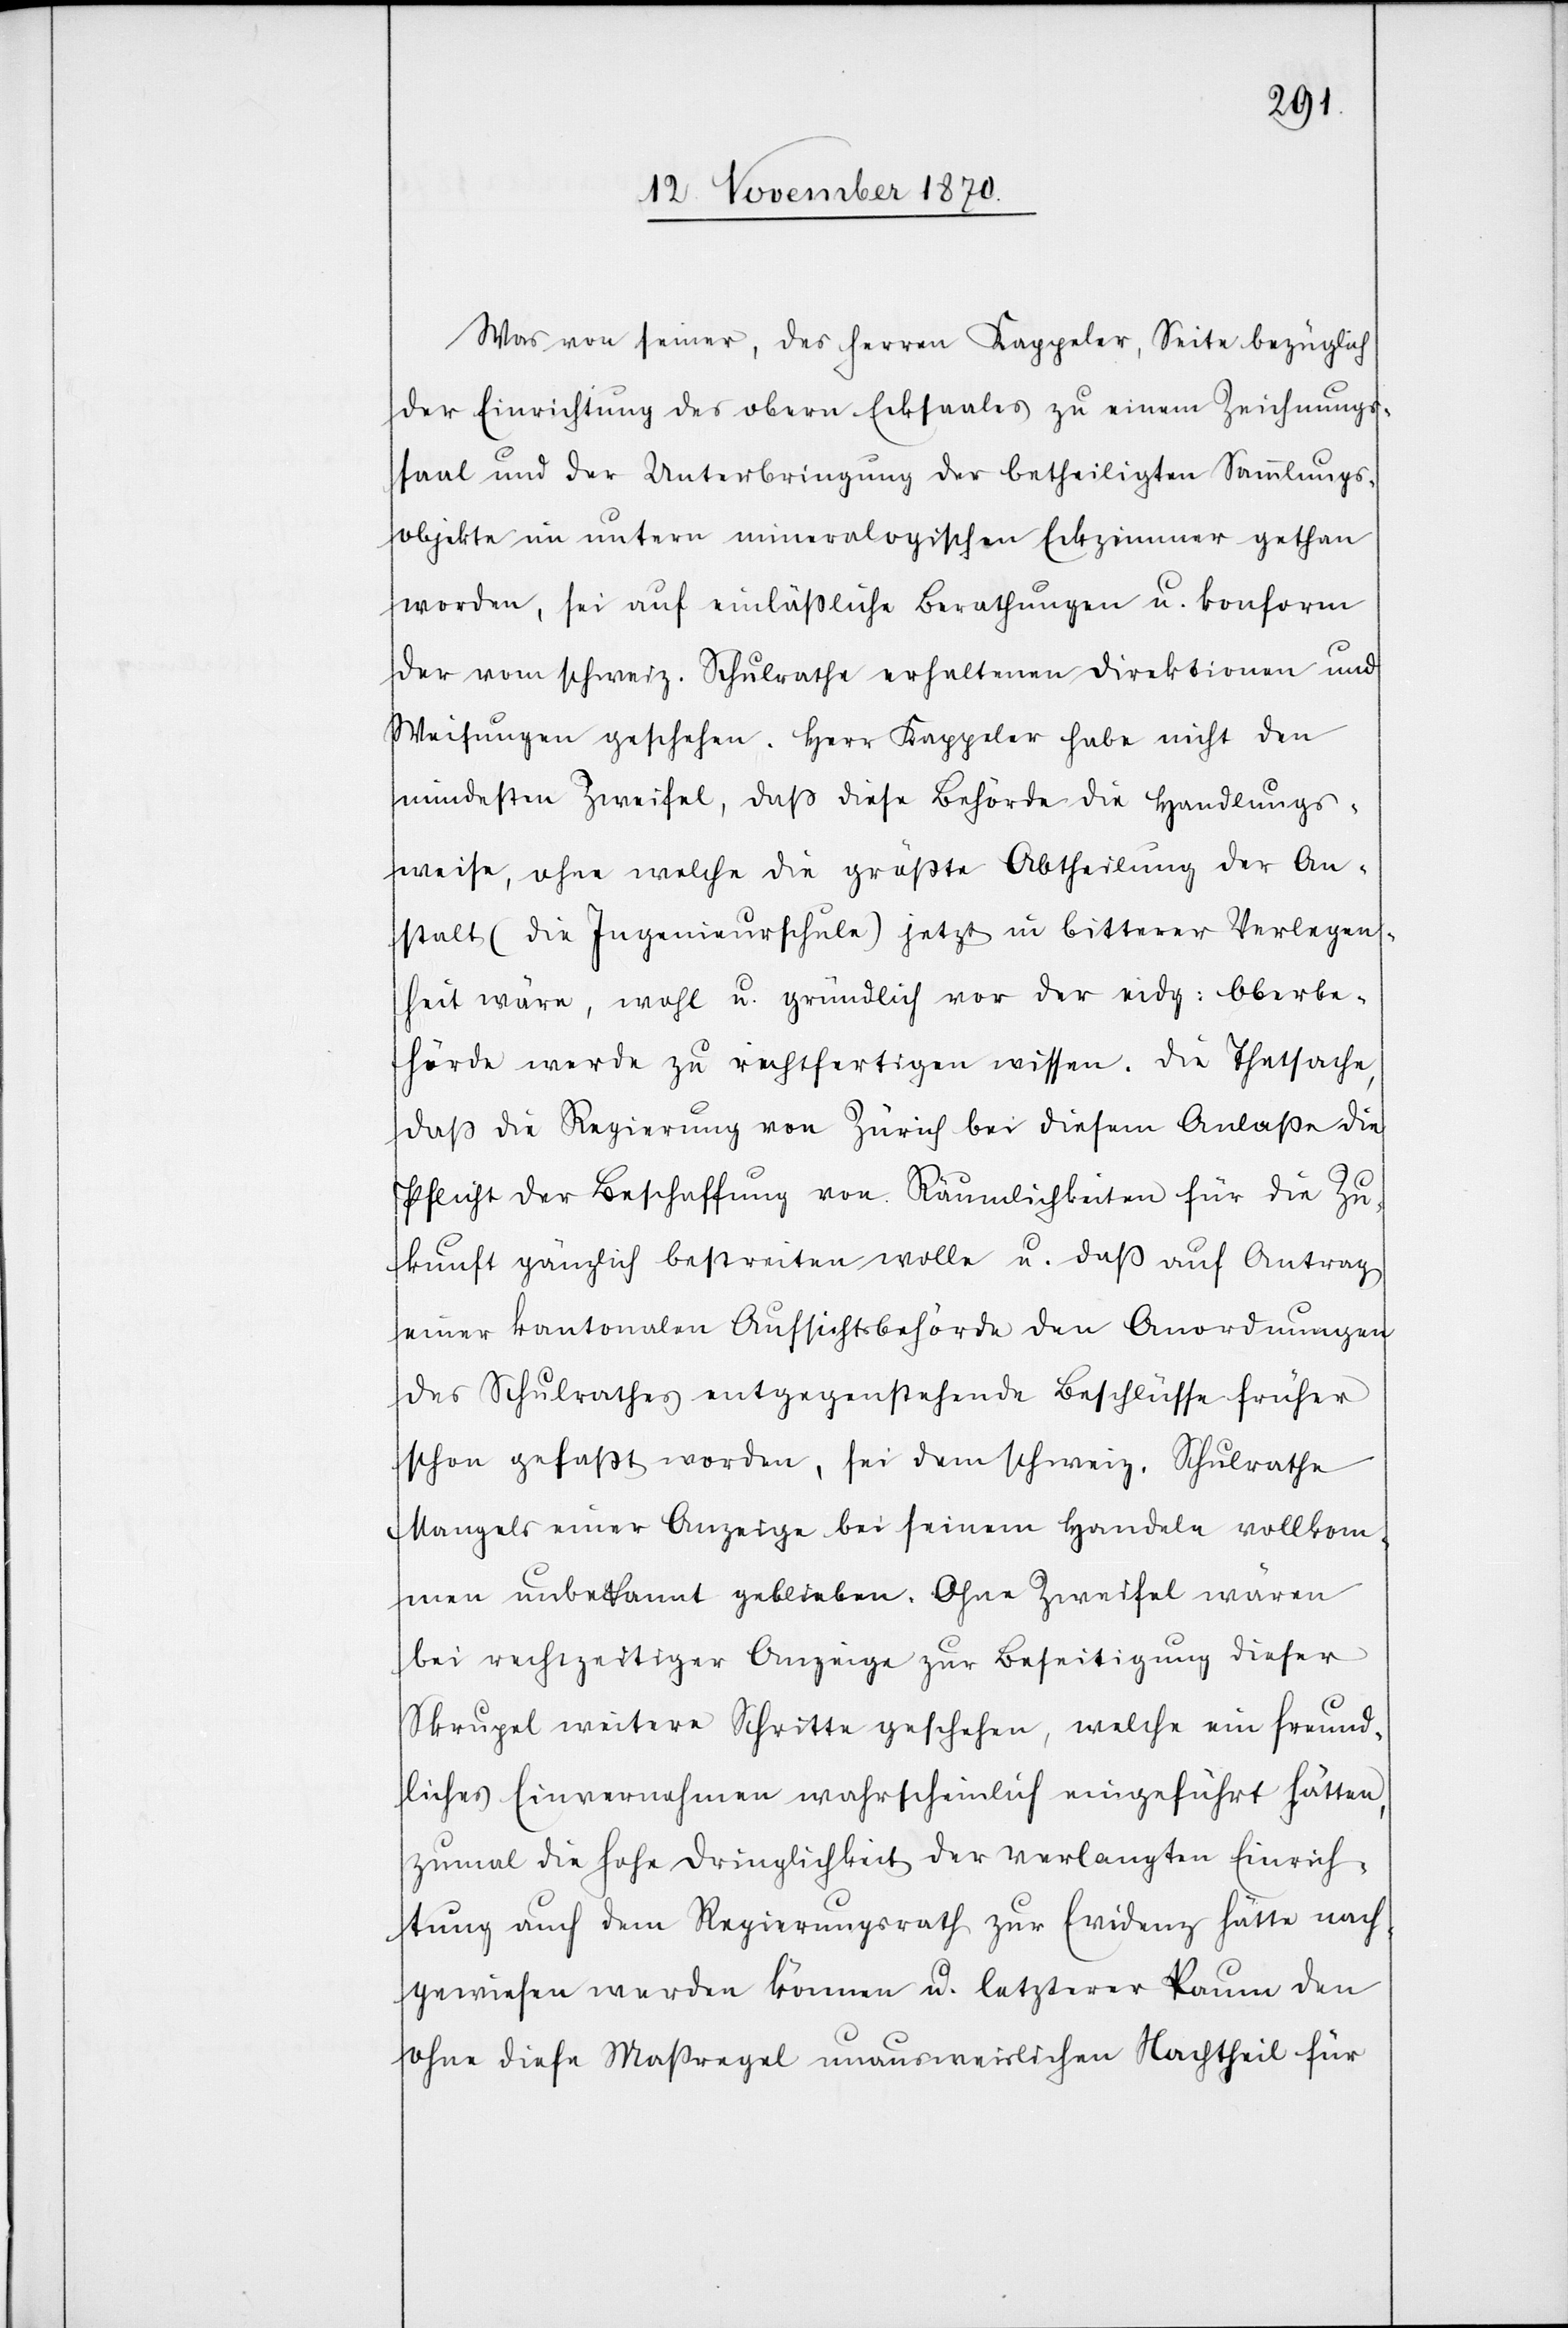
Was von seiner, des Herren Kappeler, Seite bezüglich
der Einrichtung des obern Ecksaales zu einem Zeichnungs¬
saal und der Unterbringung der betheiligten Sammlungs¬
objekte im untern mineralogischen Eckzimmer gethan
worden, sei auf einlässliche Berathungen u. konform
der vom schweiz. Schulrathe erhaltenen Direktionen und
Weisungen geschehen. Herr Kappeler habe nicht den
mindesten Zweifel, daß diese Behörde die Handlungs¬
weise, ohne welche die größte Abtheilung der An¬
stalt (die Ingenieurschule) jetzt in bitterer Verlegen¬
heit wäre, wohl u. gründlich vor der eidg: Oberbe¬
hörde werde zu rechtfertigen wissen. Die Thatsache,
daß die Regierung von Zürich bei diesem Anlaße die
Pflicht der Beschaffung von Räumlichkeiten für die Zu¬
kunft gänzlich bestreiten wolle u. daß auf Antrag
einer kantonalen Aufsichtsbehörde den Anordnungen
des Schulrathes entgegenstehende Beschlüsse früher
schon gefaßt worden, sei dem schweiz. Schulrathe
Mangels einer Anzeige bei seinem Handeln vollkom¬
men unbekannt geblieben. Ohne Zweifel wären
bei rechtzeitiger Anzeige zur Beseitigung dieser
Skrupel weitere Schritte geschehen, welche ein freund¬
liches Einvernehmen wahrscheinlich eingeführt hätten,
zumal die hohe Dringlichkeit der verlangten Einrich¬
tung auch dem Regierungsrath zur Evidenz hätte nach¬
gewiesen werden können u. letzterer Raum den
ohne diese Maßregel unausweichlichen Nachtheil für